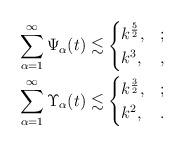
LaTeX: \begin{align*}&\sum_{\alpha=1}^\infty\Psi_\alpha(t)\lesssim\begin{cases}k^\frac{5}{2},&;\\k^3,&,\end{cases} \\&\sum_{\alpha=1}^\infty \Upsilon_\alpha(t)\lesssim\begin{cases}k^\frac{3}{2},&;\\k^2,&.\end{cases} \end{align*}